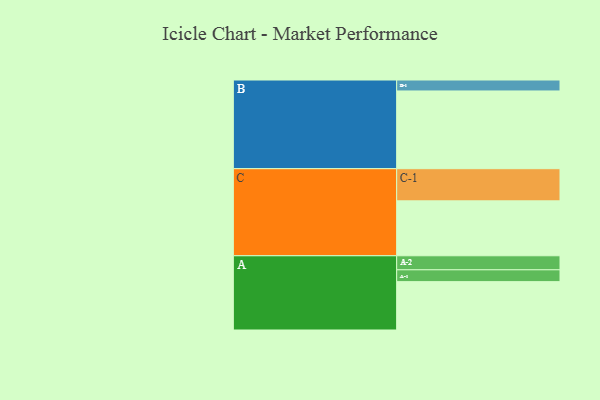
{"axis": {"x": "Segment", "y": "Value"}, "legend": ["", "A", "B", "C"], "data": [{"x": "A", "y": 331, "type": ""}, {"x": "B", "y": 532, "type": ""}, {"x": "C", "y": 376, "type": ""}, {"x": "A-1", "y": 81, "type": "A"}, {"x": "A-2", "y": 96, "type": "A"}, {"x": "B-1", "y": 75, "type": "B"}, {"x": "C-1", "y": 220, "type": "C"}]}